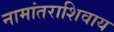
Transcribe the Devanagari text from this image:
नामांतराशिवाय